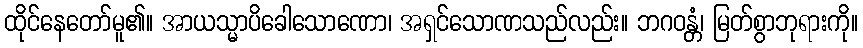
ထိုင်နေတော်မူ၏။ အာယသ္မာပိခေါသောဏော၊ အရှင်သောဏသည်လည်း။ ဘဂဝန္တံ၊ မြတ်စွာဘုရားကို။